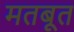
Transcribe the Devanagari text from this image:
मतबूत